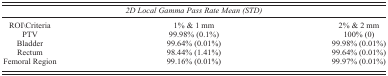
<table><thead><tr><td colspan="3"><b><i>2D Local Gamma Pass Rate Mean (STD)</i></b></td></tr></thead><tbody><tr><td>ROI\Criteria</td><td>1% &amp; 1 mm</td><td>2% &amp; 2 mm</td></tr><tr><td>PTV</td><td>99.98% (0.1%)</td><td>100% (0)</td></tr><tr><td>Bladder</td><td>99.64% (0.01%)</td><td>99.98% (0.01%)</td></tr><tr><td>Rectum</td><td>98.44% (1.41%)</td><td>99.64% (0.01%)</td></tr><tr><td>Femoral Region</td><td>99.16% (0.01%)</td><td>99.97% (0.01%)</td></tr></tbody></table>